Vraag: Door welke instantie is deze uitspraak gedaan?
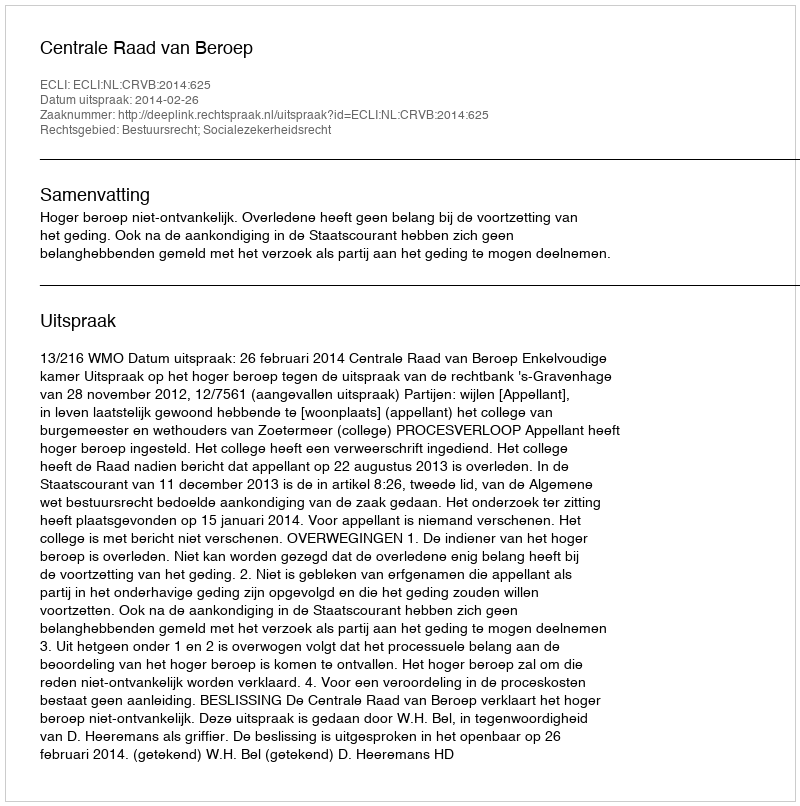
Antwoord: Centrale Raad van Beroep